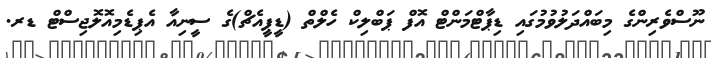
ނޫސްވެރިންގެ މިބައްދަލުވުމުގައި ޑިޕާޓްމަންޓް އޮފް ޕަބްލިކް ހެލްތް (ޑީޕީއެޗް)ގެ ސީނިއާ އެޕިޑެމިއޮލޮޖިސްޓް ޑރ.